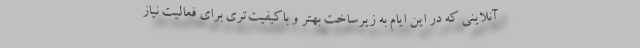
آنلاینی که در این ایام به زیرساخت بهتر و باکیفیت‌تری برای فعالیت نیاز